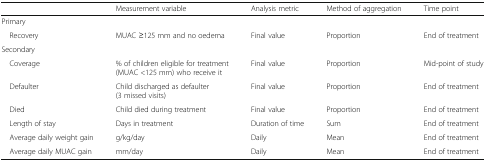
<table><thead><tr><td></td><td><b>Measurement variable</b></td><td><b>Analysis metric</b></td><td><b>Method of aggregation</b></td><td><b>Time point</b></td></tr></thead><tbody><tr><td colspan="5">Primary</td></tr><tr><td> Recovery</td><td>MUAC ≥125 mm and no oedema</td><td>Final value</td><td>Proportion</td><td>End of treatment</td></tr><tr><td colspan="5">Secondary</td></tr><tr><td> Coverage</td><td>% of children eligible for treatment (MUAC &lt;125 mm) who receive it</td><td>Final value</td><td>Proportion</td><td>Mid-point of study</td></tr><tr><td> Defaulter</td><td>Child discharged as defaulter (3 missed visits)</td><td>Final value</td><td>Proportion</td><td>End of treatment</td></tr><tr><td> Died</td><td>Child died during treatment</td><td>Final value</td><td>Proportion</td><td>End of treatment</td></tr><tr><td> Length of stay</td><td>Days in treatment</td><td>Duration of time</td><td>Sum</td><td>End of treatment</td></tr><tr><td> Average daily weight gain</td><td>g/kg/day</td><td>Daily</td><td>Mean</td><td>End of treatment</td></tr><tr><td> Average daily MUAC gain</td><td>mm/day</td><td>Daily</td><td>Mean</td><td>End of treatment</td></tr></tbody></table>